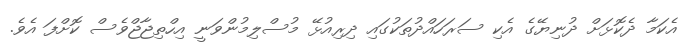
އެކަމާ ދެކޮޅަށް ދުނިޔޭގެ އެކި ސަރަހައްދުތަކުގައި ދިރިއުޅޭ މުސްލިމުންވަނީ އިހްތިޖާޖްވެސް ކޮށްފަ އެވެ.